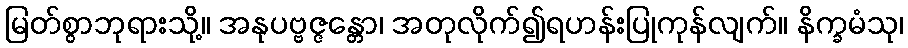
မြတ်စွာဘုရားသို့။ အနုပဗ္ဗဇ္ဇန္တော၊ အတုလိုက်၍ရဟန်းပြုကုန်လျက်။ နိက္ခမံသု၊